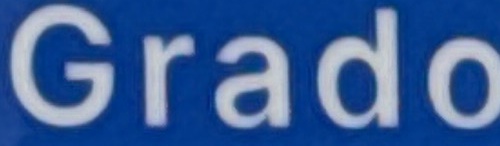
Grado